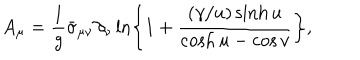
A _ { \mu } = \frac { 1 } { g } \bar { \sigma } _ { \mu \nu } \partial _ { \nu } \ln \left\{ 1 + \frac { ( \gamma / u ) \sinh u } { \cosh u - \cos v } \right\} ,